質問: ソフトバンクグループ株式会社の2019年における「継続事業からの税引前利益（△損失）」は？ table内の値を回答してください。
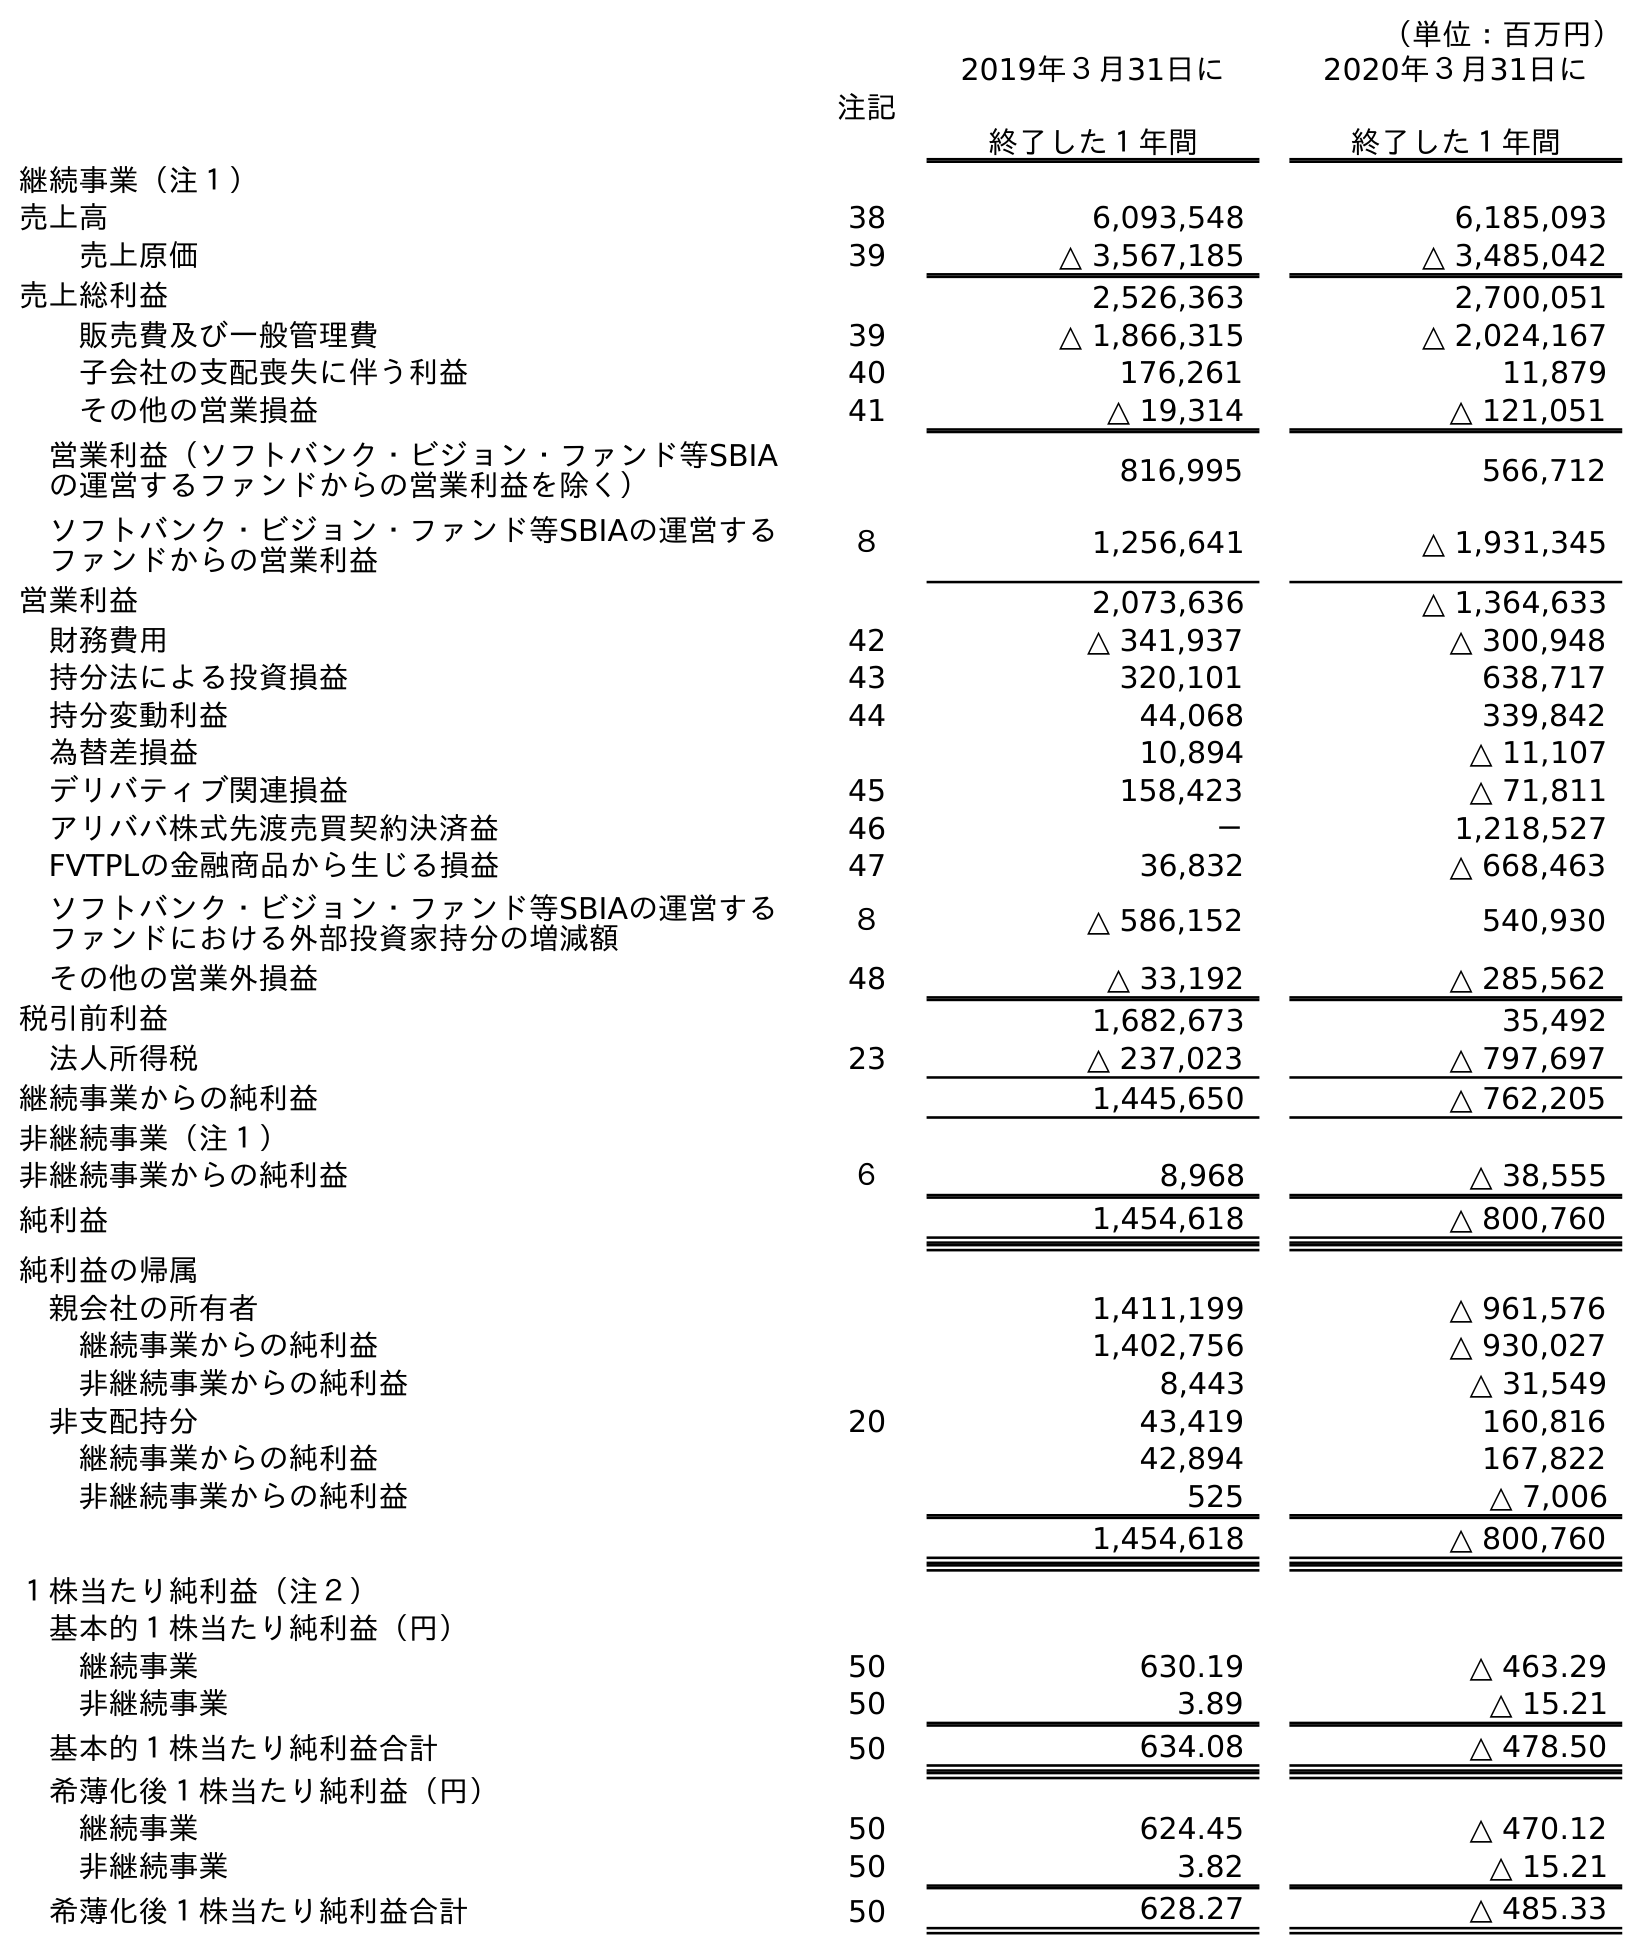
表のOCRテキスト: （単位：百万円） 注記 2019年３月31日に 終了した１年間 2020年３月31日に 終了した１年間 継続事業（注１） 売上高 38 6,093,548 6,185,093 売上原価 39 △ 3,567,185 △ 3,485,042 売上総利益 2,526,363 2,700,051 販売費及び一般管理費 39 △ 1,866,315 △ 2,024,167 子会社の支配喪失に伴う利益 40 176,261 11,879 その他の営業損益 41 △ 19,314 △ 121,051 営業利益（ソフトバンク・ビジョン・ファンド等SBIA の運営するファンドからの営業利益を除く） 816,995 566,712 ソフトバンク・ビジョン・ファンド等SBIAの運営する ファンドからの営業利益 ８ 1,256,641 △ 1,931,345 営業利益 2,073,636 △ 1,364,633 財務費用 42 △ 341,937 △ 300,948 持分法による投資損益 43 320,101 638,717 持分変動利益 44 44,068 339,842 為替差損益 10,894 △ 11,107 デリバティブ関連損益 45 158,423 △ 71,811 アリババ株式先渡売買契約決済益 46 － 1,218,527 FVTPLの金融商品から生じる損益 47 36,832 △ 668,463 ソフトバンク・ビジョン・ファンド等SBIAの運営する ファンドにおける外部投資家持分の増減額 ８ △ 586,152 540,930 その他の営業外損益 48 △ 33,192 △ 285,562 税引前利益 1,682,673 35,492 法人所得税 23 △ 237,023 △ 797,697 継続事業からの純利益 1,445,650 △ 762,205 非継続事業（注１） 非継続事業からの純利益 ６ 8,968 △ 38,555 純利益 1,454,618 △ 800,760 純利益の帰属 親会社の所有者 1,411,199 △ 961,576 継続事業からの純利益 1,402,756 △ 930,027 非継続事業からの純利益 8,443 △ 31,549 非支配持分 20 43,419 160,816 継続事業からの純利益 42,894 167,822 非継続事業からの純利益 525 △ 7,006 1,454,618 △ 800,760 １株当たり純利益（注２） 基本的１株当たり純利益（円） 継続事業 50 630.19 △ 463.29 非継続事業 50 3.89 △ 15.21 基本的１株当たり純利益合計 50 634.08 △ 478.50 希薄化後１株当たり純利益（円） 継続事業 50 624.45 △ 470.12 非継続事業 50 3.82 △ 15.21 希薄化後１株当たり純利益合計 50 628.27 △ 485.33
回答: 1,682,673